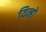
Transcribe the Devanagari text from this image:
यिन्हो